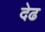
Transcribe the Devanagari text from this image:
देढ